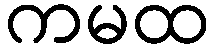
ကမထ